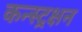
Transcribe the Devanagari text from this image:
कन्स्ट्रक्षन